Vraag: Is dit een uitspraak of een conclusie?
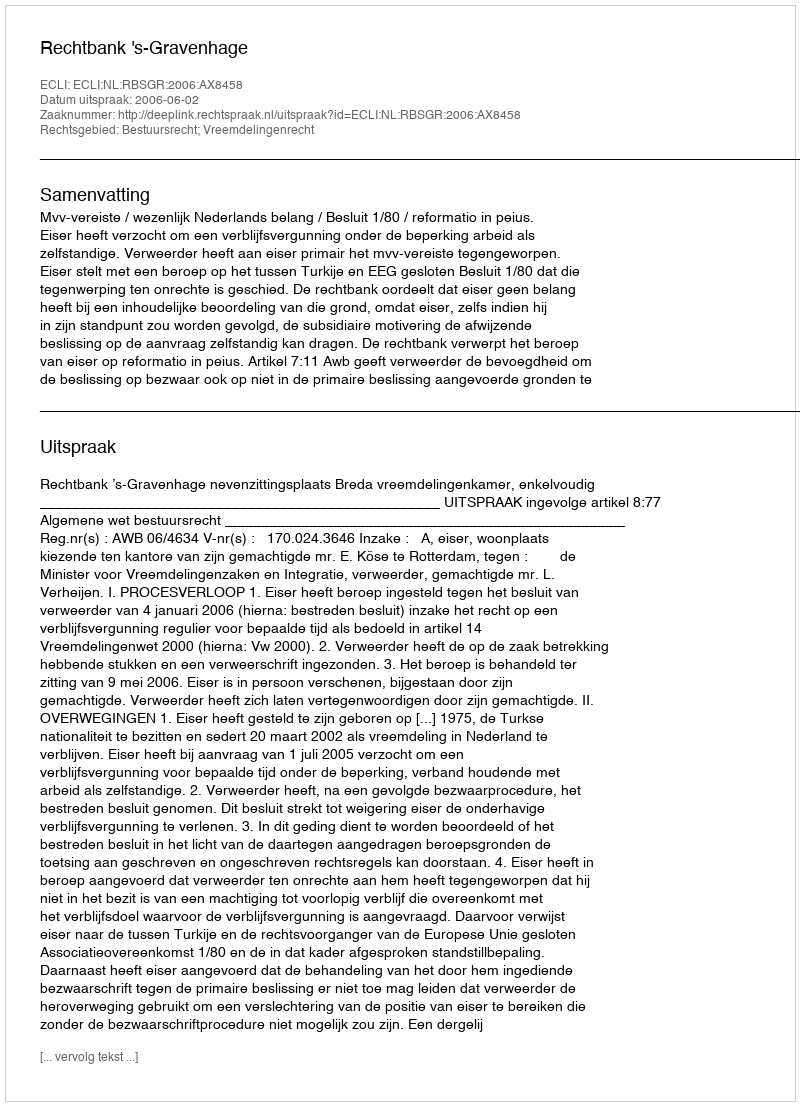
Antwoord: Uitspraak